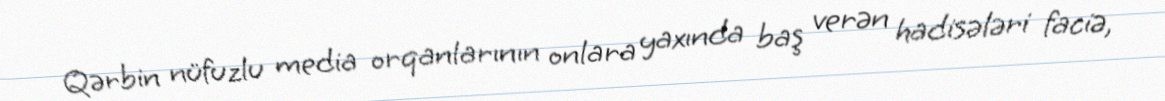
Qərbin nüfuzlu media orqanlarının onlara yaxında baş verən hadisələri faciə,